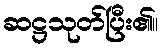
ဆဋ္ဌသုတ်ပြီး၏။